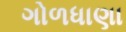
ગોળધાણા